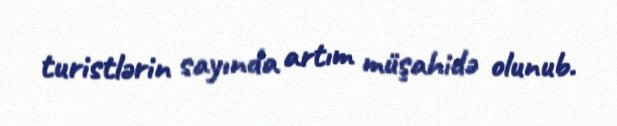
turistlərin sayında artım müşahidə olunub.